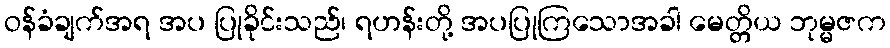
ဝန်ခံချက်အရ အပ ပြုခိုင်းသည်၊ ရဟန်းတို့ အပပြုကြသောအခါ မေတ္တိယ ဘုမ္မဇက